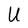
Character: U